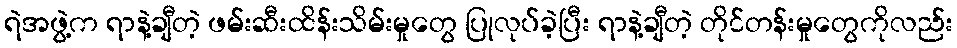
ရဲအဖွဲ့က ရာနဲ့ချီတဲ့ ဖမ်းဆီးထိန်းသိမ်းမှုတွေ ပြုလုပ်ခဲ့ပြီး ရာနဲ့ချီတဲ့ တိုင်တန်းမှုတွေကိုလည်း